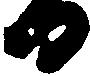
日